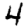
Digit: 4